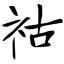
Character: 祜